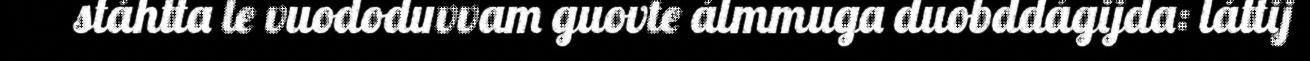
stáhtta le vuododuvvam guovte álmmuga duobddágijda: láttij